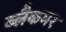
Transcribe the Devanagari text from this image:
ब्लैकमर